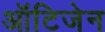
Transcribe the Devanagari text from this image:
ऑटिजेन